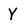
Character: Y